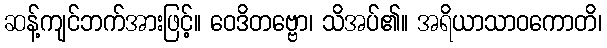
ဆန့်ကျင်ဘက်အားဖြင့်။ ဝေဒိတဗ္ဗော၊ သိအပ်၏။ အရိယာသာဝကောတိ၊